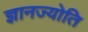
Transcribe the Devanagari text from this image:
ज्ञानज्योति